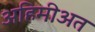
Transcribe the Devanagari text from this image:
अहिमीअत